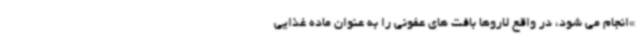
»انجام می شود، در واقع لاروها بافت های عفونی را به عنوان ماده غذایی